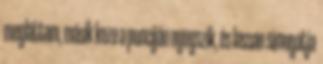
megláttam, másik keze a punciján nyugszik, és lassan simogatja